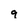
Character: 9